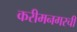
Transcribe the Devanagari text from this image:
करीमनगरची